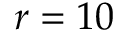
r = 1 0